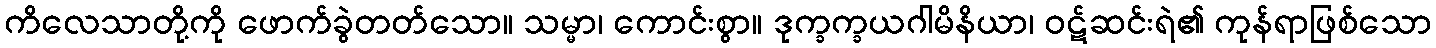
ကိလေသာတို့ကို ဖောက်ခွဲတတ်သော။ သမ္မာ၊ ကောင်းစွာ။ ဒုက္ခက္ခယဂါမိနိယာ၊ ဝဋ်ဆင်းရဲ၏ ကုန်ရာဖြစ်သော